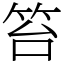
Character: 笞